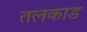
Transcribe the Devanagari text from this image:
तलकाड